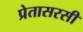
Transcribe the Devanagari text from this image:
प्रेतासरसी